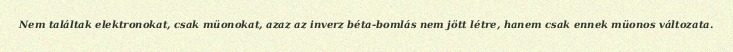
Nem találtak elektronokat, csak müonokat, azaz az inverz béta-bomlás nem jött létre, hanem csak ennek müonos változata.